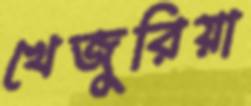
খেজুরিয়া